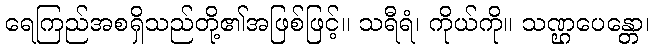
ရေကြည်အစရှိသည်တို့၏အဖြစ်ဖြင့်။ သရီရံ၊ ကိုယ်ကို။ သဏ္ဌပေန္တော၊